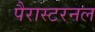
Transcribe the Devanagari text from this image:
पैरास्टरनल